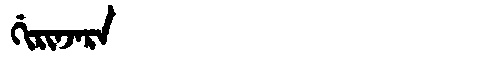
Manchu: ᡤᡳᡵᡳᠨᠵᠠᡵᠠ
Romanization: GIRINJARA